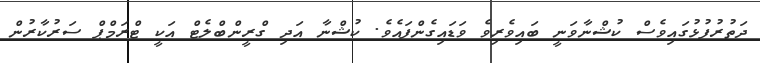
ދަތުރުފުޅުގައިވެސް ކުޝްނާވަނީ ބައިވެރިވެ ވަޑައިގެންފައެވެ. ކުޝްނާ އަދި ގްރީންބްލެޓް އަކީ ޓްރަމްޕް ސަރުކާރުން